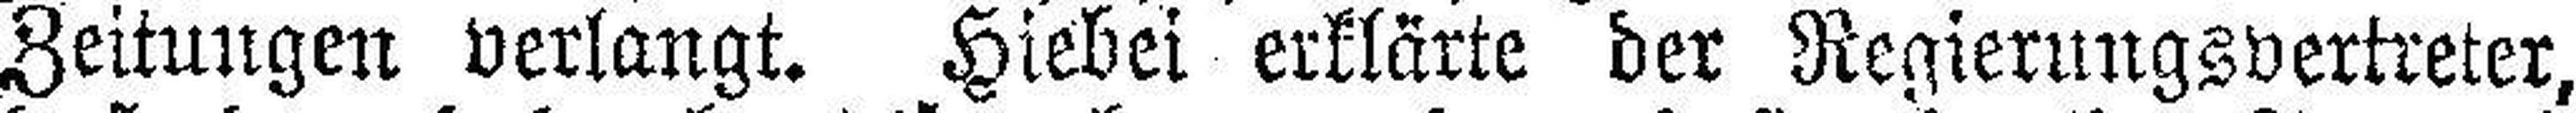
Zeitungen verlangt. Hiebei erklärte der Regierungsvertreter,